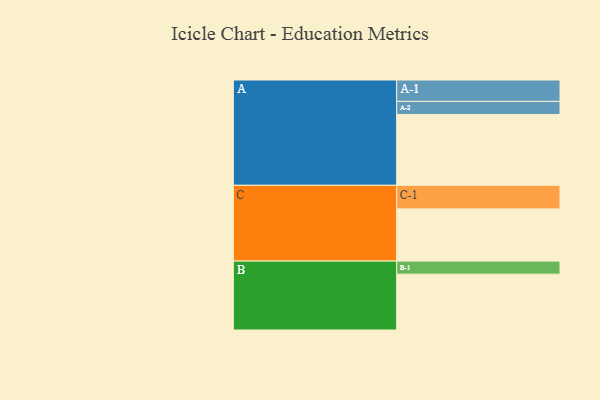
{"axis": {"x": "Segment", "y": "Value"}, "legend": ["", "A", "B", "C"], "data": [{"x": "A", "y": 580, "type": ""}, {"x": "B", "y": 457, "type": ""}, {"x": "C", "y": 427, "type": ""}, {"x": "A-1", "y": 175, "type": "A"}, {"x": "A-2", "y": 107, "type": "A"}, {"x": "B-1", "y": 107, "type": "B"}, {"x": "C-1", "y": 193, "type": "C"}]}